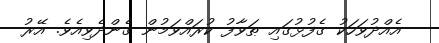
އެއްދުވަހަކު ގެފުޅުގައި ޠަވާފު ކުރައްވަމުން ގެންދެވިއެވެ. އޭރު